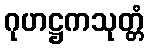
ဂုဟဋ္ဌကသုတ္တံ